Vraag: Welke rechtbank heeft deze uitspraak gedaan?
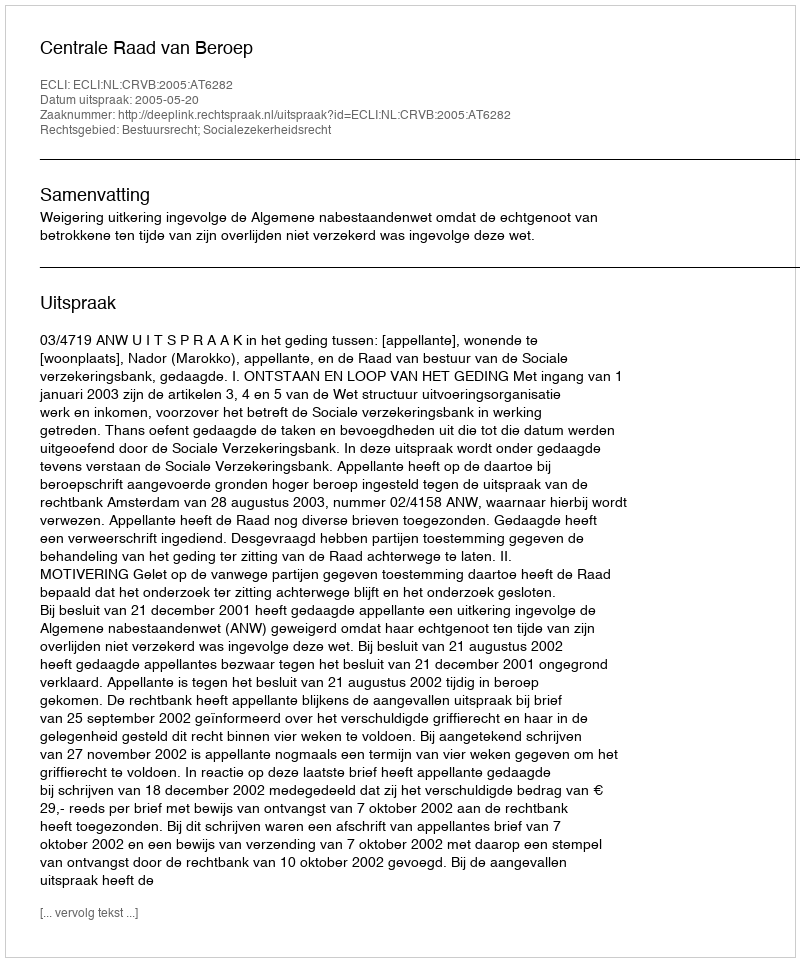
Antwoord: Centrale Raad van Beroep